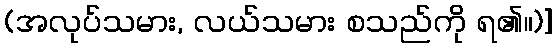
(အလုပ်သမား, လယ်သမား စသည်ကို ရ၏။)]